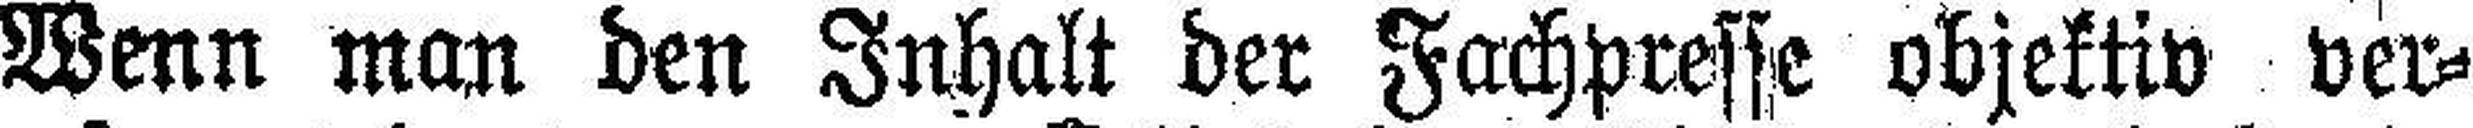
Wenn man den Inhalt der Fachpresse objektiv ver¬